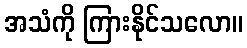
အသံကို ကြားနိုင်သလော။